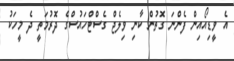
އެ ވީޑިއޯއިން ފެންނަ ގޮތުން ކާނި ވިލެޖް ގެސްޓްހައުސްގެ ދޮރުމަތީ ދެ މީހަކު